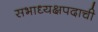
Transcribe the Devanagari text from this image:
सभाध्यक्षपदाची